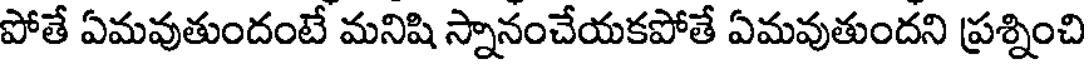
పోతే ఏమవుతుందంటే మనిషి స్నానంచేయకపోతే ఏమవుతుందని ప్రశ్నించి